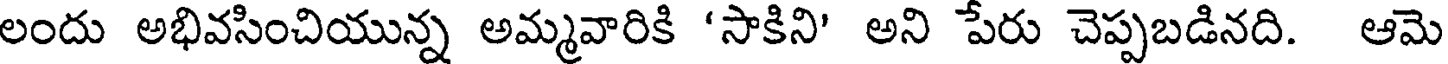
లందు అభివసించియున్న అమ్మవారికి 'సాకిని' అని పేరు చెప్పబడినది. ఆమె